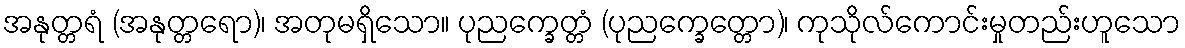
အနုတ္တရံ (အနုတ္တရော)၊ အတုမရှိသော။ ပုညက္ခေတ္တံ (ပုညက္ခေတ္တော)၊ ကုသိုလ်ကောင်းမှုတည်းဟူသော